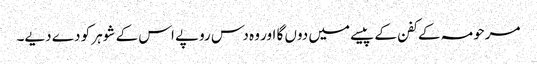
مرحومہ کے کفن کے پیسے میں دوں گا اور وہ دس روپے اس کے شوہر کو دے دیے۔